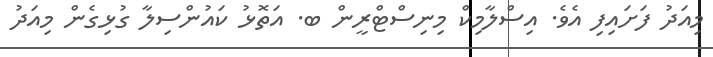
މިއަދު ފަށައިފި އެވެ. އިސްލާމިކް މިނިސްޓްރީން ބ. އަތޮޅު ކައުންސިލާ ގުޅިގެން މިއަދު